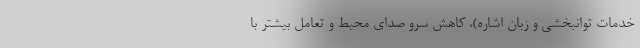
خدمات توانبخشی و زبان اشاره)، کاهش سرو صدای محیط و تعامل بیشتر با